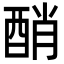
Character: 𨡀